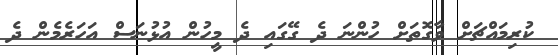
ކުރިމައްޗަށް ވާގޮތަށް ހުންނަ ދެ ގޭގައި ދެ މީހުން އުޅުނަސް އަހަރެމެން ދެ